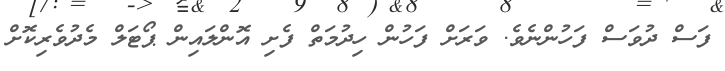
ފަސް ދުވަސް ފަހުންނެވެ. ވަރަށް ފަހުން ހިދުމަތް ފެށި އޮންލައިން ޕޯޓަލް މެދުވެރިކޮށް